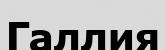
Галлия